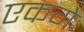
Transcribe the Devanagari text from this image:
एकगे